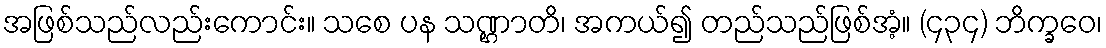
အဖြစ်သည်လည်းကောင်း။ သစေ ပန သဏ္ဌာတိ၊ အကယ်၍ တည်သည်ဖြစ်အံ့။ (၄၃၄) ဘိက္ခဝေ၊